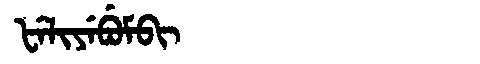
Manchu: ᡶᡝᠯᡳᠶᡝᠪᡠᠮᠪᡳ
Romanization: FELIYEBUMBI